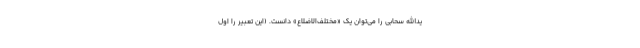
یدالله سحابی را می‌توان یک «مختلف‌الاضلاع» دانست. (این تعبیر را اول